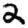
Digit: 2